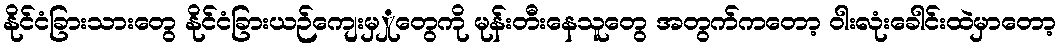
နိုင်ငံခြားသားတွေ နိုင်ငံခြားယဉ်ကျေးမှှုတွေကို မုန်းတီးနေသူတွေ အတွက်ကတော့ ဝါးလုံးခေါင်းထဲမှာတော့